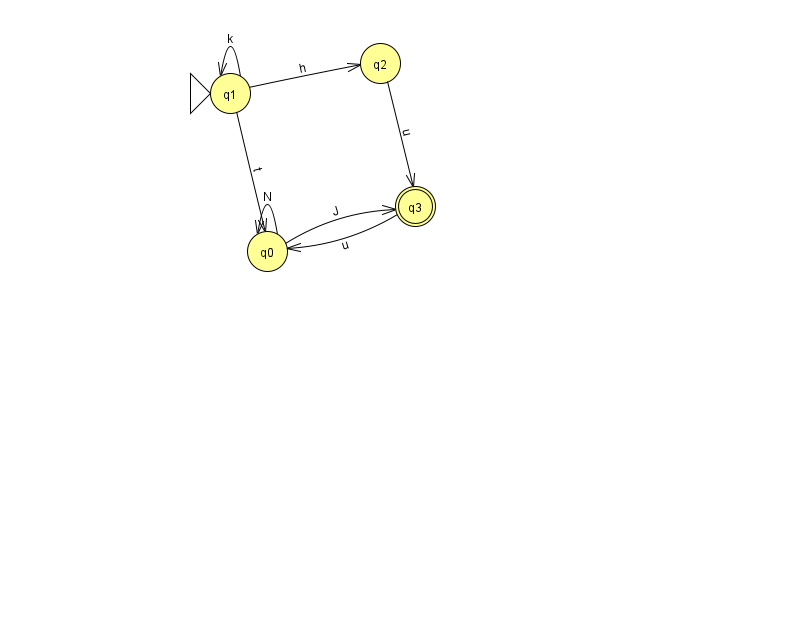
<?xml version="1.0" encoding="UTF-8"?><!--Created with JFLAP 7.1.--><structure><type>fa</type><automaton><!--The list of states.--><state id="0" name="q0"><x>267.0</x><y>238.0</y></state><state id="1" name="q1"><x>230.0</x><y>80.0</y><initial/></state><state id="2" name="q2"><x>380.0</x><y>50.0</y></state><state id="3" name="q3"><x>415.0</x><y>193.0</y><final/></state><!--The list of transitions.--><transition><from>2</from><to>3</to><read>u</read></transition><transition><from>3</from><to>0</to><read>u</read></transition><transition><from>1</from><to>2</to><read>h</read></transition><transition><from>0</from><to>3</to><read>J</read></transition><transition><from>1</from><to>1</to><read>k</read></transition><transition><from>0</from><to>0</to><read>N</read></transition><transition><from>1</from><to>0</to><read>t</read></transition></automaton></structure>